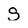
Character: S